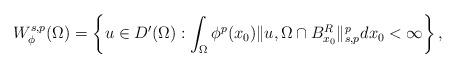
LaTeX: \begin{align*}W^{s,p}_\phi(\Omega)=\left\{u\in D'(\Omega): \int_\Omega\phi^p(x_0)\|u,\Omega\cap B^R_{x_0}\|^p_{s,p}dx_0<\infty\right\},\end{align*}